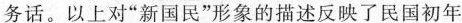
务话。以上对“新国民”形象的描述反映了民国初年